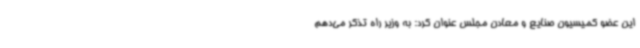
این عضو کمیسیون صنایع و معادن مجلس عنوان کرد: به وزیر راه تذکر می‌دهم